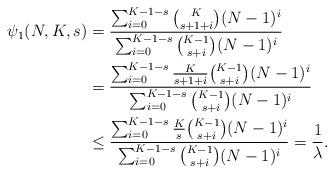
LaTeX: \begin{align*}\psi_1(N,K,s)&=\frac{\sum_{i=0}^{K-1-s} \binom{K}{s+1+i}(N-1)^i}{\sum_{i=0}^{K-1-s} \binom{K-1}{s+i}(N-1)^i} \\&=\frac{\sum_{i=0}^{K-1-s} \frac{K}{s+1+i}\binom{K-1}{s+i}(N-1)^i}{\sum_{i=0}^{K-1-s} \binom{K-1}{s+i}(N-1)^i}\\& \leq \frac{\sum_{i=0}^{K-1-s} \frac{K}{s}\binom{K-1}{s+i}(N-1)^i}{\sum_{i=0}^{K-1-s} \binom{K-1}{s+i}(N-1)^i}=\frac{1}{\lambda}.\end{align*}